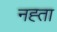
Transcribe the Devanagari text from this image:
नह्ता